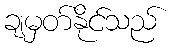
ချမှတ်နိုင်သည်